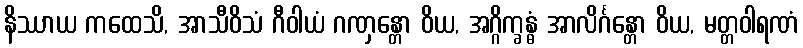
နိဿာယ ကထေသိ, အာသီဝိသံ ဂီဝါယံ ဂဏှန္တော ဝိယ, အဂ္ဂိက္ခန္ဓံ အာလိင်္ဂန္တော ဝိယ, မတ္တဝါရဏံ